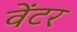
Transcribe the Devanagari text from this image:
वेंटर